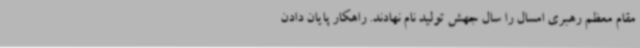
مقام معظم رهبری امسال را سال جهش تولید نام نهادند. راهکار پایان دادن